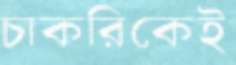
চাকরিকেই